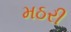
મઠરી